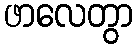
ဖာလေတွာ